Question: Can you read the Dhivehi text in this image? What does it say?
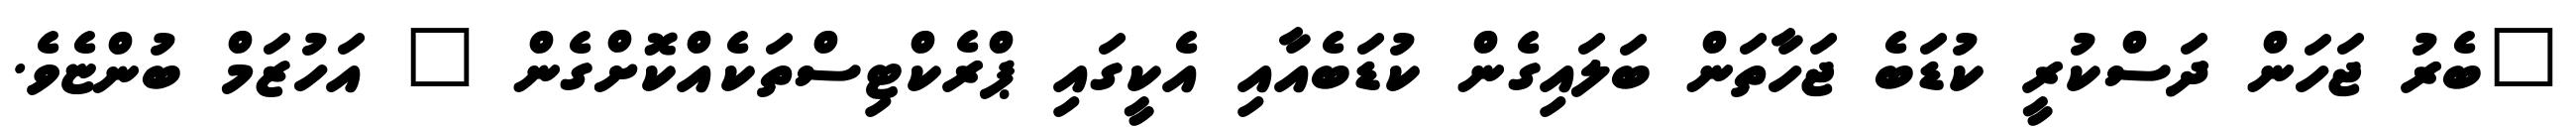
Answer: "ބެރު ޖަހަން ދަސްކުރީ ކުޑަބެ ޖަހާތަން ބަލައިގެން ކުޑަބެއާއި އެކީގައި ޕްރެކްޓިސްތަކެއްކޮށްގެން " އަހުޒަމް ބުންޏެވެ.